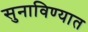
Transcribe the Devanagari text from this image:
सुनाविण्यात